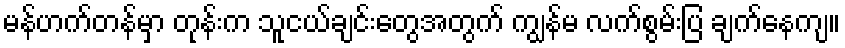
မန်ဟက်တန်မှာ တုန်းက သူငယ်ချင်းတွေအတွက် ကျွန်မ လက်စွမ်းပြ ချက်နေကျ။